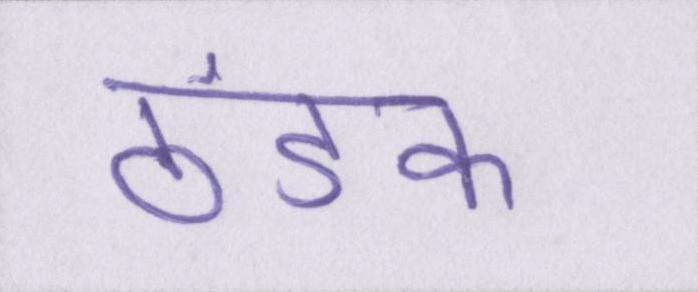
ठंडक